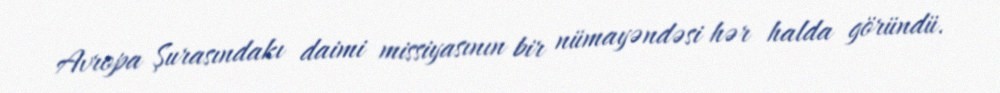
Avropa Şurasındakı daimi missiyasının bir nümayəndəsi hər halda göründü.